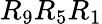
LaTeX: R_{9}R_{5}R_{1}